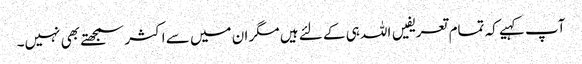
آپ کہیے کہ تمام تعریفیں اللہ ہی کے لئے ہیں مگر ان میں سے اکثر سمجھتے بھی نہیں۔